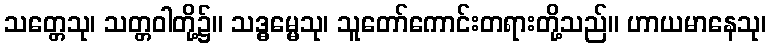
သတ္တေသု၊ သတ္တဝါတို့၌။ သဒ္ဓမ္မေသု၊ သူတော်ကောင်းတရားတို့သည်။ ဟာယမာနေသု၊